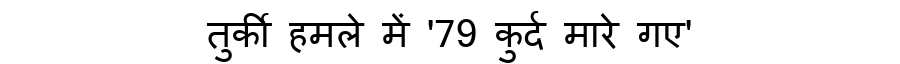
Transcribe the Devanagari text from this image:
तुर्की हमले में '79 कुर्द मारे गए'